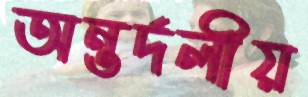
অন্তর্দলীয়